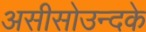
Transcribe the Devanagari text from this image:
असीसोउन्दके